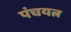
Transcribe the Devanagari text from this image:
पंचयत्न